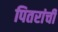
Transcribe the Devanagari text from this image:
पितरांची